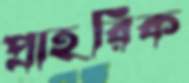
প্রাহরিক